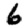
Digit: 6